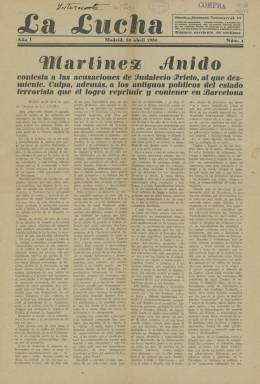
Título: La Lucha (Madrid. 1930)
Colección: Periódicos
Ámbito geográfico: Madrid
Lugar de publicación: Madrid
Fechas: 30/04/1930-30/04/1930